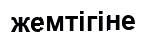
жемтігіне